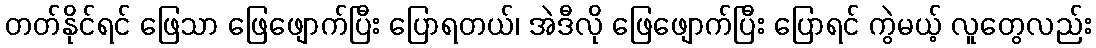
တတ်နိုင်ရင် ဖြေသာ ဖြေဖျောက်ပြီး ပြောရတယ်၊ အဲဒီလို ဖြေဖျောက်ပြီး ပြောရင် ကွဲမယ့် လူတွေလည်း